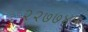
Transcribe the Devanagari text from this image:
२२७७४५